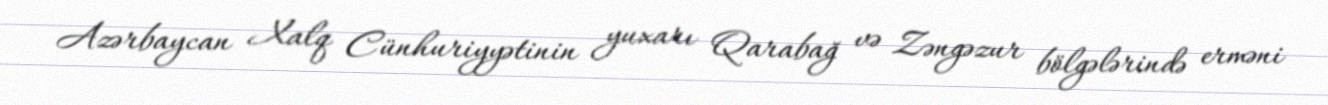
Azərbaycan Xalq Cünhuriyyətinin yuxarı Qarabağ və Zəngəzur bölgələrində erməni